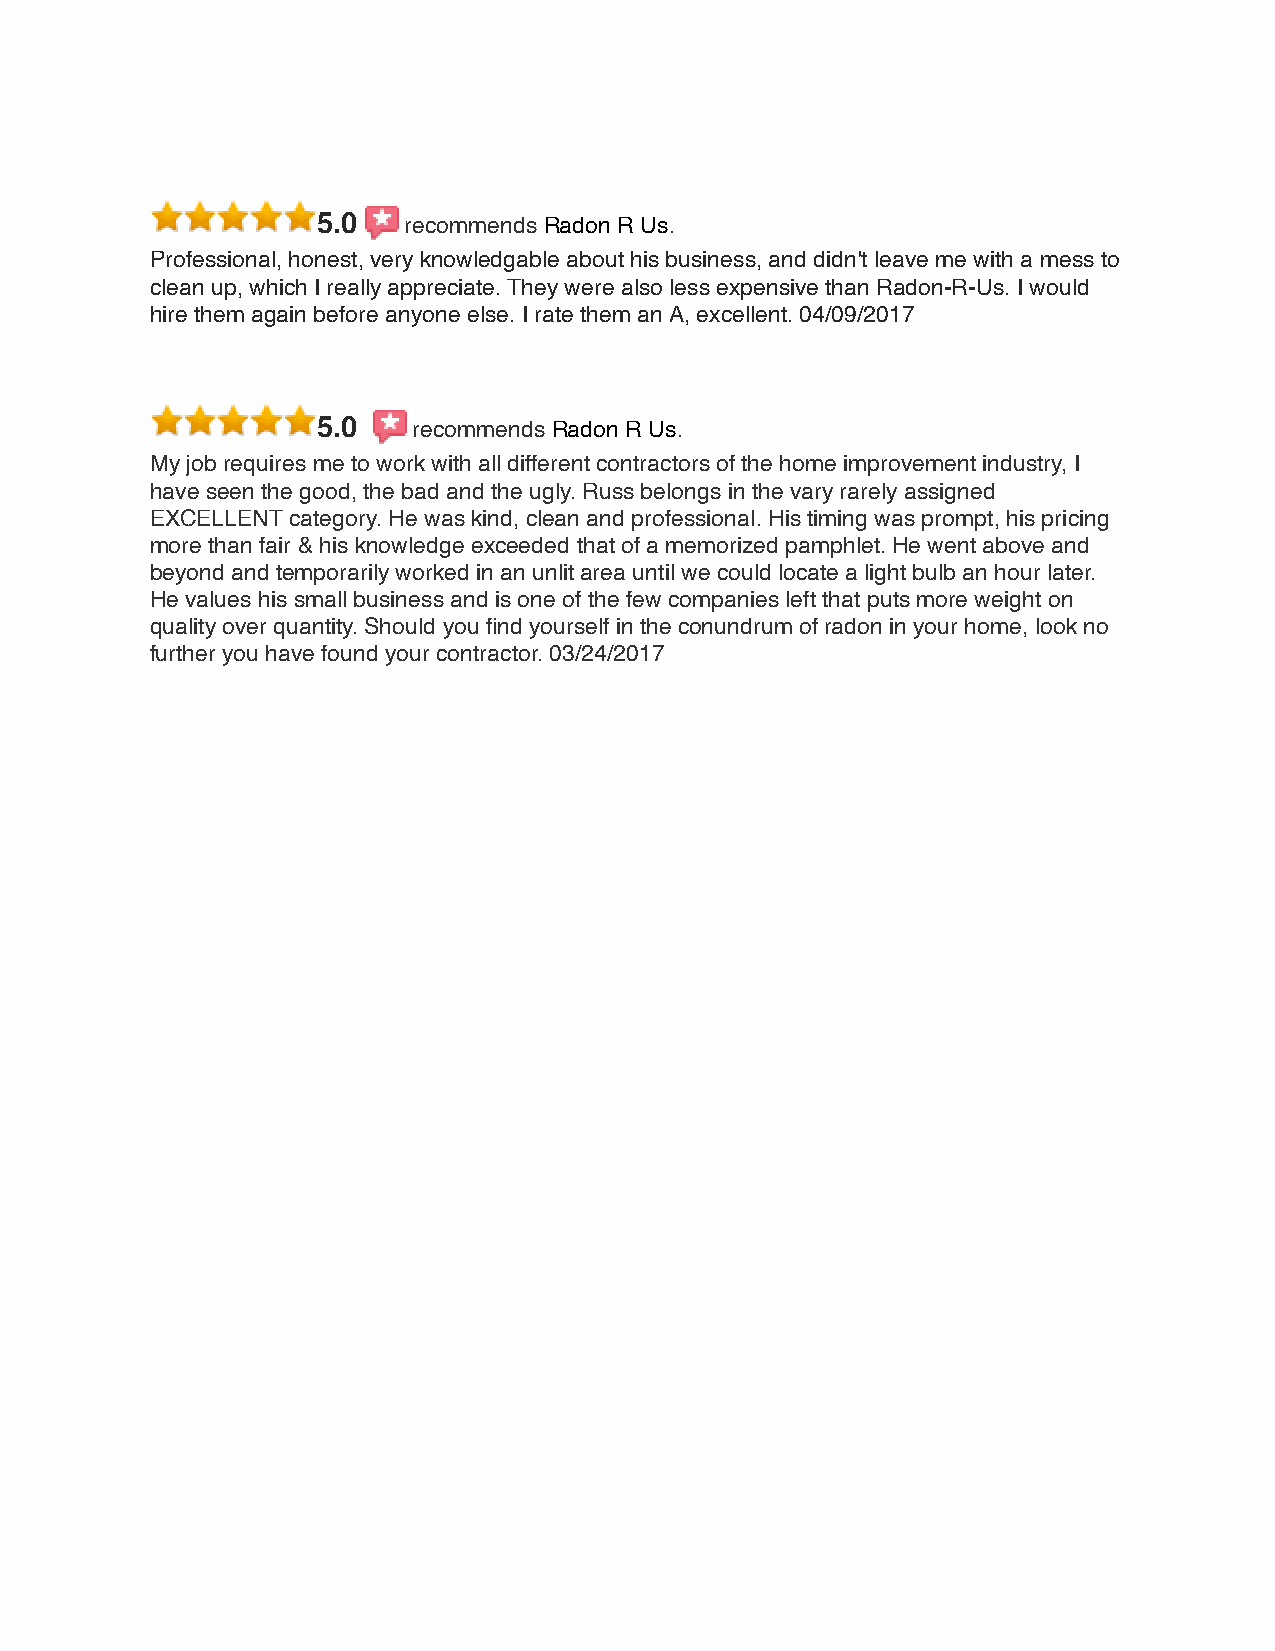
5.0   recommends Radon R Us.
 Professional, honest, very knowledgable about his business, and didn't leave me with a mess to
 clean up, which I really appreciate. They were also less expensive than Radon-R-Us. I would
 hire them again before anyone else. I rate them an A, excellent. 04/09/2017
 5.0   recommends Radon R Us.
 My job requires me to work with all different contractors of the home improvement industry, I
 have seen the good, the bad and the ugly. Russ belongs in the vary rarely assigned
 EXCELLENT category. He was kind, clean and professional. His timing was prompt, his pricing
 more than fair & his knowledge exceeded that of a memorized pamphlet. He went above and
 beyond and temporarily worked in an unlit area until we could locate a light bulb an hour later.
 He values his small business and is one of the few companies left that puts more weight on
 quality over quantity. Should you find yourself in the conundrum of radon in your home, look no
 further you have found your contractor. 03/24/2017